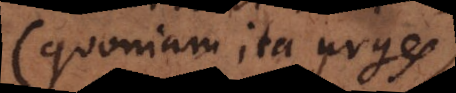
(quoniam ita urges